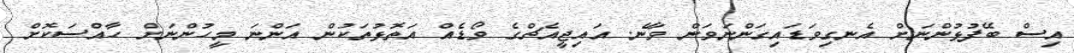
އިސް ބޭފުޅުންނަށް އެނގިވަޑައިގަންނަވަން ވާނެ. އައިޖީއެޗްގެ ވޯޑެއް އަތޮޅުތަކުން އަންނަ މީހުންނަށް ހާއްސަކޮށް